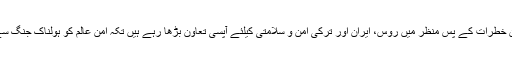
عالمی سطح پر ان خطرات کے پس منظر میں روس، ایران اور ترکی امن و سلامتی کیلئے آپسی تعاون بڑھا رہے ہیں تکہ امن عالم کو ہولناک جنگ سے بچایا جاسکے۔